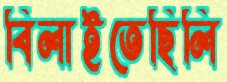
বিলাইতেছিলি